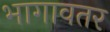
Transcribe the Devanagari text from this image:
भागावतर